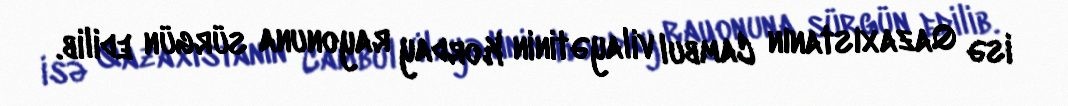
isə Qazaxıstanın Cambul vilayətinin Korday rayonuna sürgün edilib.